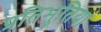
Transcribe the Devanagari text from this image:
प्रतिभुतियां